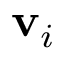
\mathbf { v } _ { i }